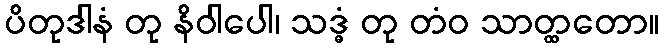
ပိတုဒါနံ တု နိဝါပေါ၊ သဒ္ဓံ တု တံဝ သာတ္ထတော။